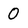
Character: 0